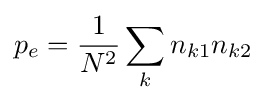
p_{e}={\frac {1}{N^{2}}}\sum _{k}n_{k1}n_{k2}